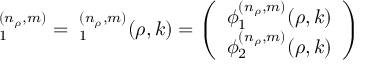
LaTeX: { \bf \Phi } _ { 1 } ^ { ( n _ { \rho } , m ) } = { \bf \Phi } _ { 1 } ^ { ( n _ { \rho } , m ) } ( \rho , k ) = \left( \begin{array} { c } { { \phi _ { 1 } ^ { ( n _ { \rho } , m ) } ( \rho , k ) } } \\ { { \phi _ { 2 } ^ { ( n _ { \rho } , m ) } ( \rho , k ) } } \end{array} \right)